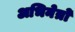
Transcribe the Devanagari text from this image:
अभिनेत्रो